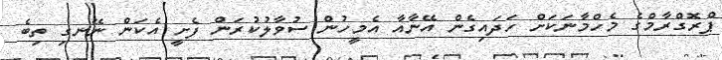
ޕްރޮގްރާމްގެ މެހްމާނަކަށް ހަދައިގެން އޭނާއާ އެމީހުން ސުވާލުކުރަން ފެށީ އެކަން ނޭނގި ތިބެ